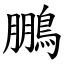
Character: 鵬